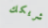
شريكك